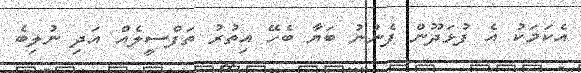
އެކަމަކު އެ ފުޅަދޫން ފެނުނު ބަޔާ ބެހޭ އިތުރު ތަފްސީލެއް އަދި ނުލިބެ